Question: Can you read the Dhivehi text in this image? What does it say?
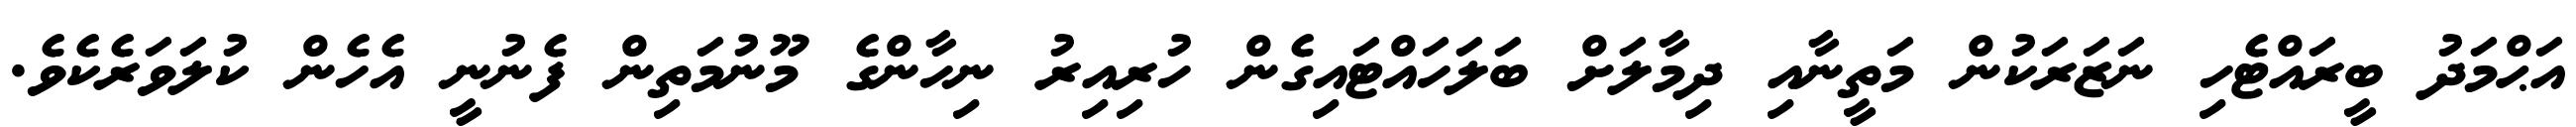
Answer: އަޙްމަދު ބީރައްޓެހި ނަޒަރަކުން މަތީނާއި ދިމާލަށް ބަލަހައްޓައިގެން ހުރިއިރު ނިހާންގެ މޫނުމަތިން ފެނުނީ އެހެން ކުލަވަރެކެވެ.